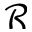
\mathcal { R }